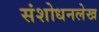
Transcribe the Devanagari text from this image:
संशोधनलेख